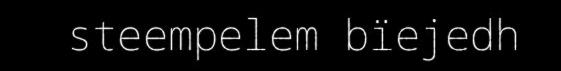
steempelem bïejedh